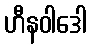
ဟီနဝါဒေါ